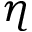
\eta